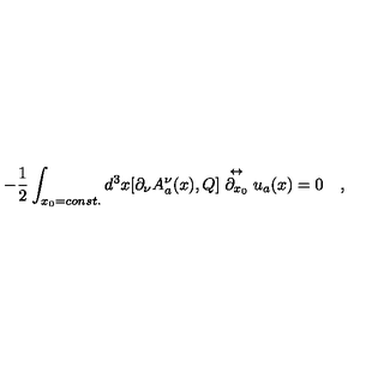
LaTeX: - \frac { 1 } { 2 } \int _ { x _ { 0 } = c o n s t . } d ^ { 3 } x [ \partial _ { \nu } A _ { a } ^ { \nu } ( x ) , Q ] \stackrel { \leftrightarrow } { \partial _ { x _ { 0 } } } u _ { a } ( x ) = 0 \quad ,